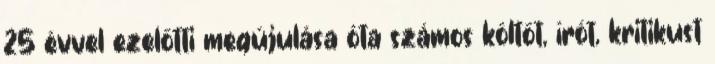
25 évvel ezelőtti megújulása óta számos költőt, írót, kritikust